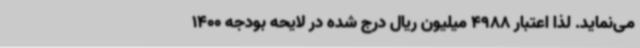
می‌نماید. لذا اعتبار 4988 میلیون ریال درج شده در لایحه بودجه 1400